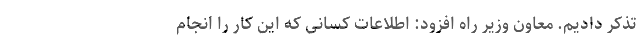
تذکر دادیم. معاون وزیر راه افزود: اطلاعات کسانی که این کار را انجام